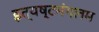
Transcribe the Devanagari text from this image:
इत्यष्टमंगलम